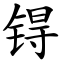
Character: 锝